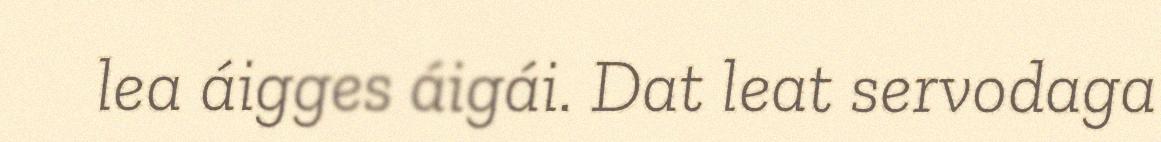
lea áigges áigái. Dat leat servodaga